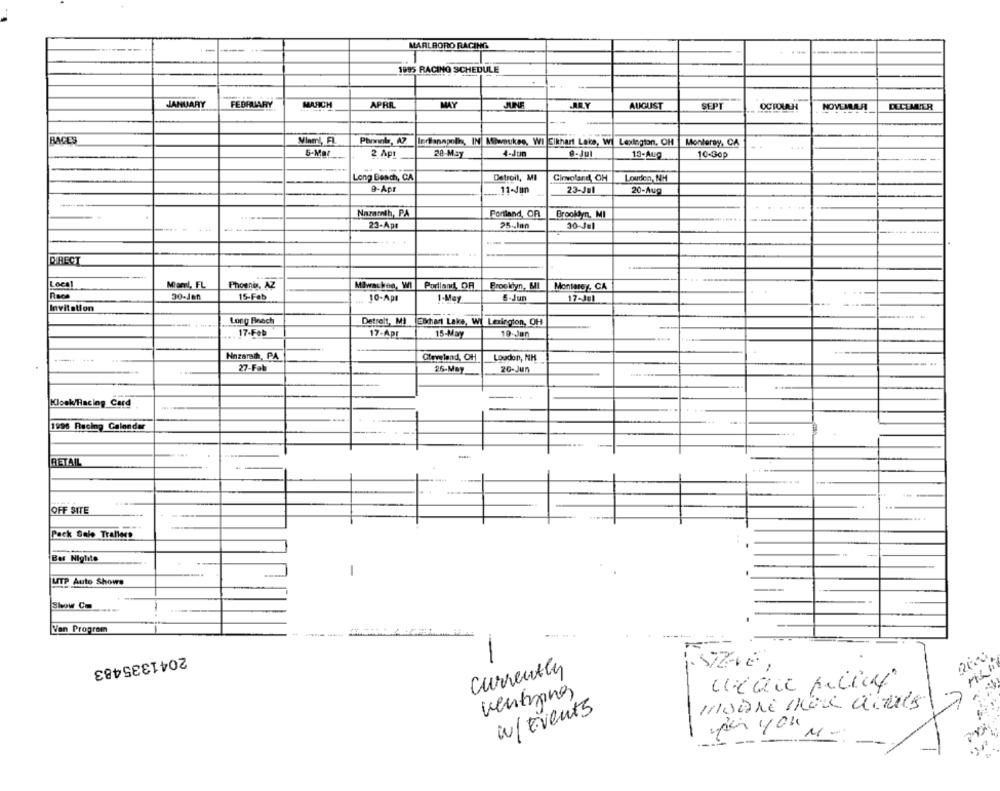
MARLBORO RACING
-----
1995 RACING SCHEDULE
JANUARY
FEBRUARY
MARCH
APRE
MAY
JUNE
AUGUST
SEP
OCTOUCH
NOVEMER
DECEMBER
RACES
Miner !, FL
Phonnb, AZ
Indanapollo, IN Mlenukes, WI Elkhart Lake, Wi Lexington, OH
Monteray, CA
5-Mar
2 Ap
28-May
4-Jun
13-Aug
10-Gop
Long Beach, CA
Detroit, MI
Ciroland, OH
Loudon, NH
9-Apr
.11-Jun
23-Jul
20-Aug
--
Nazareth, PA
Portland, OR
Brooklyn, MI
23-Apr
25 ., Inn
30-Jel
DIRECT
---
Local
Miami, FL
Phoenix, AZ
Milwaukee, Wi
Porland, OR
Brooklyn, MI
Monterey: CA
30.Jen
15-Feb
10-Apr
1-May
5-Jun
17-Jel
Invitation
Long Beach
Detrelt, MI
EBchart Lake, Wi Lexington, OH
17-Feb
17-Apr
15-May
10-Jan
Nnzarath, PA
Cleveland, OH
Loudon, NH
-- --
.
27-Fab
26-May
20-Jun
Kloak/Racing Card
1996 Racing Calendar
RETAIL
OFF SITE
....
Pack Sale Trailers
Bar Niglite
UTP Auto Shows
Show Co
Van Proprom
2041335483
-
Currently
venting
w/ events